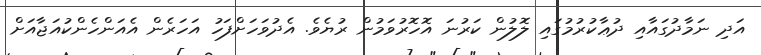
އަދި ނަމާދުގައާއި ދުޢާކުރުމުގައި ލޮލުން ކަރުނަ އޮހޮރުވަމުން ރުޔެވެ. އެދުވަހަށްފަހު އަހަރެން އެއަންހެންކުއަޖާއަށް